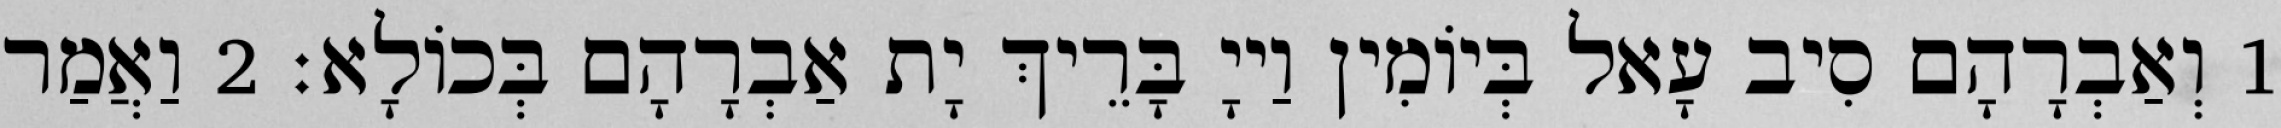
1 וְאַבְרָהָם סִיב עָאל בְּיוֹמִין וַייָ בָּרֵיךְ יָת אַבְרָהָם בְּכוֹלָא׃ 2 וַאֲמַר